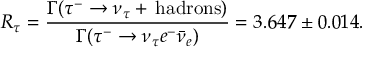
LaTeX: R _ { \tau } = \frac { \Gamma ( \tau ^ { - } \to \nu _ { \tau } + \, \mathrm { h a d r o n s ) } } { \Gamma ( \tau ^ { - } \to \nu _ { \tau } e ^ { - } \bar { \nu } _ { e } ) } = 3 . 6 4 7 \pm 0 . 0 1 4 .